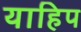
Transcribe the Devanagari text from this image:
याहिप